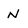
Character: N